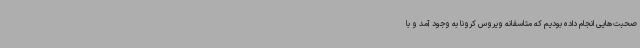
صحبت‌هایی انجام داده بودیم که متاسفانه ویروس کرونا به وجود آمد و با